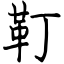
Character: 靪